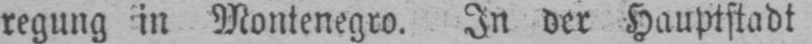
regung in Montenegro. In der Hauptstadt